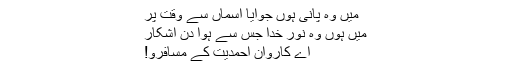
میں وہ پانی ہوں جوآیا آسماں سے وقت پر
میں ہوں وہ نورِ خدا جس سے ہوا دن آشکار
اے کاروان احمدیت کے مسافرو!